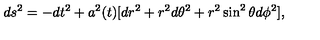
d s ^ { 2 } = - d t ^ { 2 } + a ^ { 2 } ( t ) [ d r ^ { 2 } + r ^ { 2 } d \theta ^ { 2 } + r ^ { 2 } \sin ^ { 2 } \theta d \phi ^ { 2 } ] ,